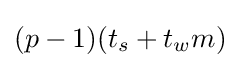
(p-1)(t_{s}+t_{w}m)